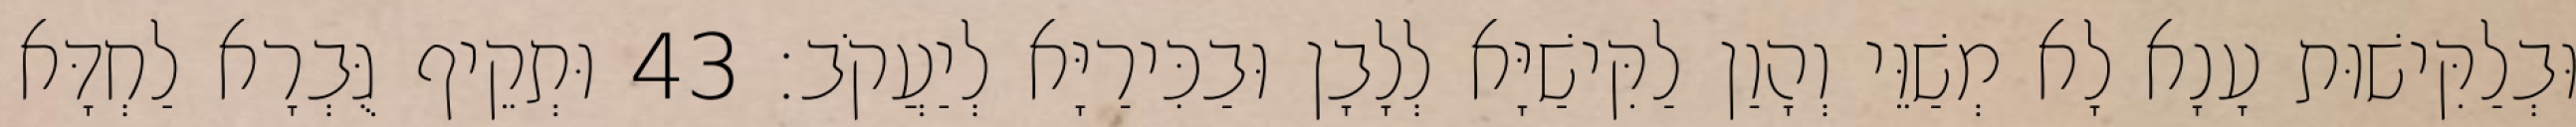
וּבְלַקִּישׁוּת עָנָא לָא מְשַׁוֵּי וְהָוַן לַקִּישַׁיָּא לְלָבָן וּבַכִּירַיָּא לְיַעֲקֹב׃ 43 וּתְקֵיף גֻּבְרָא לַחְדָּא